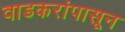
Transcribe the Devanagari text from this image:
वाडकरांपासून